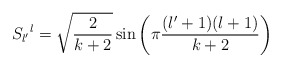
\begin{align*}S_{l'}{}^l = \sqrt{{2 \over {k+2}}} \sin \left( \pi {{(l'+1)(l+1)} \over {k+2}} \right)\end{align*}